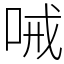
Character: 㖑